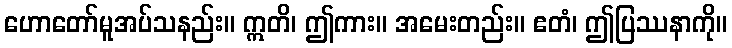
ဟောတော်မူအပ်သနည်း။ ဣတိ၊ ဤကား။ အမေးတည်း။ ဧတံ၊ ဤပြဿနာကို။